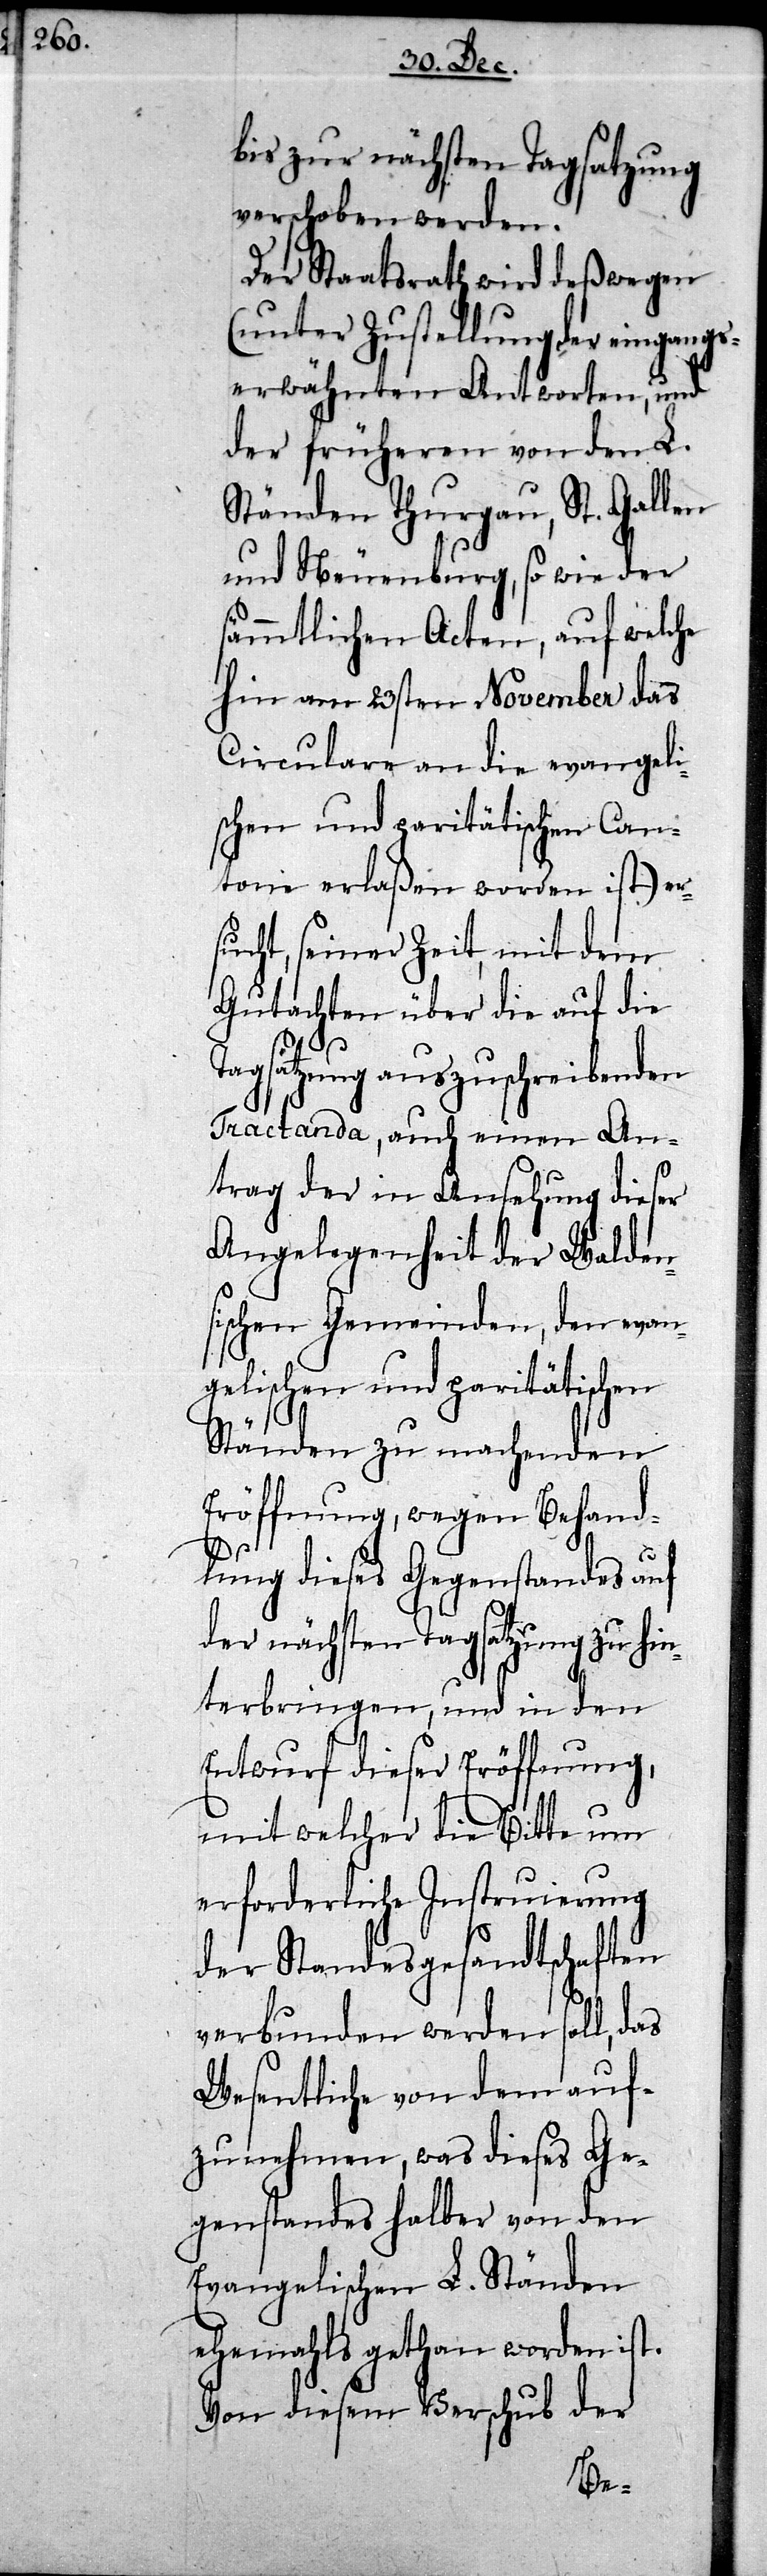
bis zur nächsten Tagsatzung
verschoben werden.
Der Staatsrath wird deßwegen
(unter Zustellung der eingan¬
gserwähnten Antworten, und
der früheren von den L.
Ständen Thurgau, St. Gallen
und Neuenburg, so wie der
sämmtlichen Acten, auf welche
hin am 23sten November das
Circulare an die evangeli¬
schen und paritätischen Can¬
tone erlaßen worden ist) ers¬
ucht, seiner Zeit, mit dem
Gutachten über die auf die
Tagsatzung auszuschreibenden
Tractanda, auch einen An¬
trag der in Ansehung dieser
Angelegenheit der Walden¬
sischen Gemeinden, den evan¬
gelischen und paritätischen
Ständen zu machenden
Eröffnung, wegen Behand¬
lung dieses Gegenstandes auf
der nächsten Tagsatzung zu hin¬
terbringen, und in den
Entwurf dieser Eröffnung,
mit welcher die Bitte um
erforderliche Instruierung
der Standesgesandtschaften
verbunden werden soll, das
Wesentliche von dem auf¬
zunehmen, was dieses Ge¬
genstandes halber von den
Evangelischen L. Ständen
ehemahls gethan worden ist.
Von diesem Verschub der